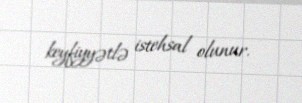
keyfiyyətlə istehsal olunur.